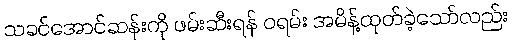
သခင်အောင်ဆန်းကို ဖမ်းဆီးရန် ဝရမ်း အမိန့်ထုတ်ခဲ့သော်လည်း